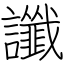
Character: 讖